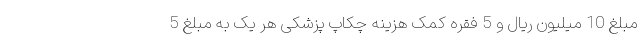
مبلغ 10 میلیون ریال و 5 فقره کمک هزینه چکاپ پزشکی هر یک به مبلغ 5